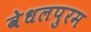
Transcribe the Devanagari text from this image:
वेधलपुरम